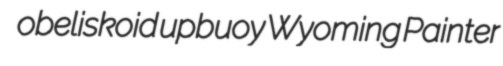
obeliskoid upbuoy Wyoming Painter